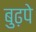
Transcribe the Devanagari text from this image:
बुढ़पे